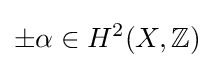
\pm \alpha \in H^{2}(X,\mathbb {Z} )